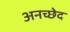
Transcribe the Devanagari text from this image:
अनच्छेद